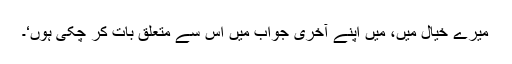
میرے خیال میں، میں اپنے آخری جواب میں اس سے متعلق بات کر چکی ہوں‘۔